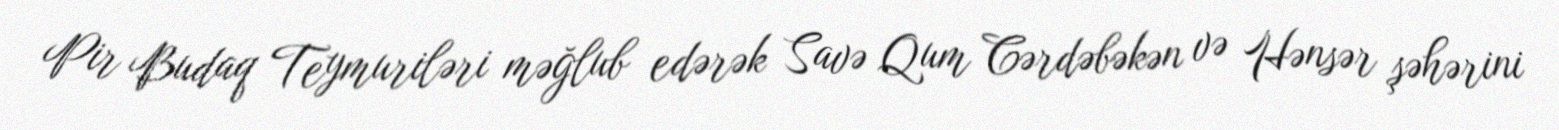
Pir Budaq Teymuriləri məğlub edərək Savə Qum Cərdəbəkən və Hənsər şəhərini